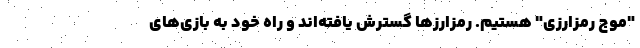
"موج رمزارزی" هستیم. رمزارزها گسترش یافته‌اند و راه خود به بازی‌های